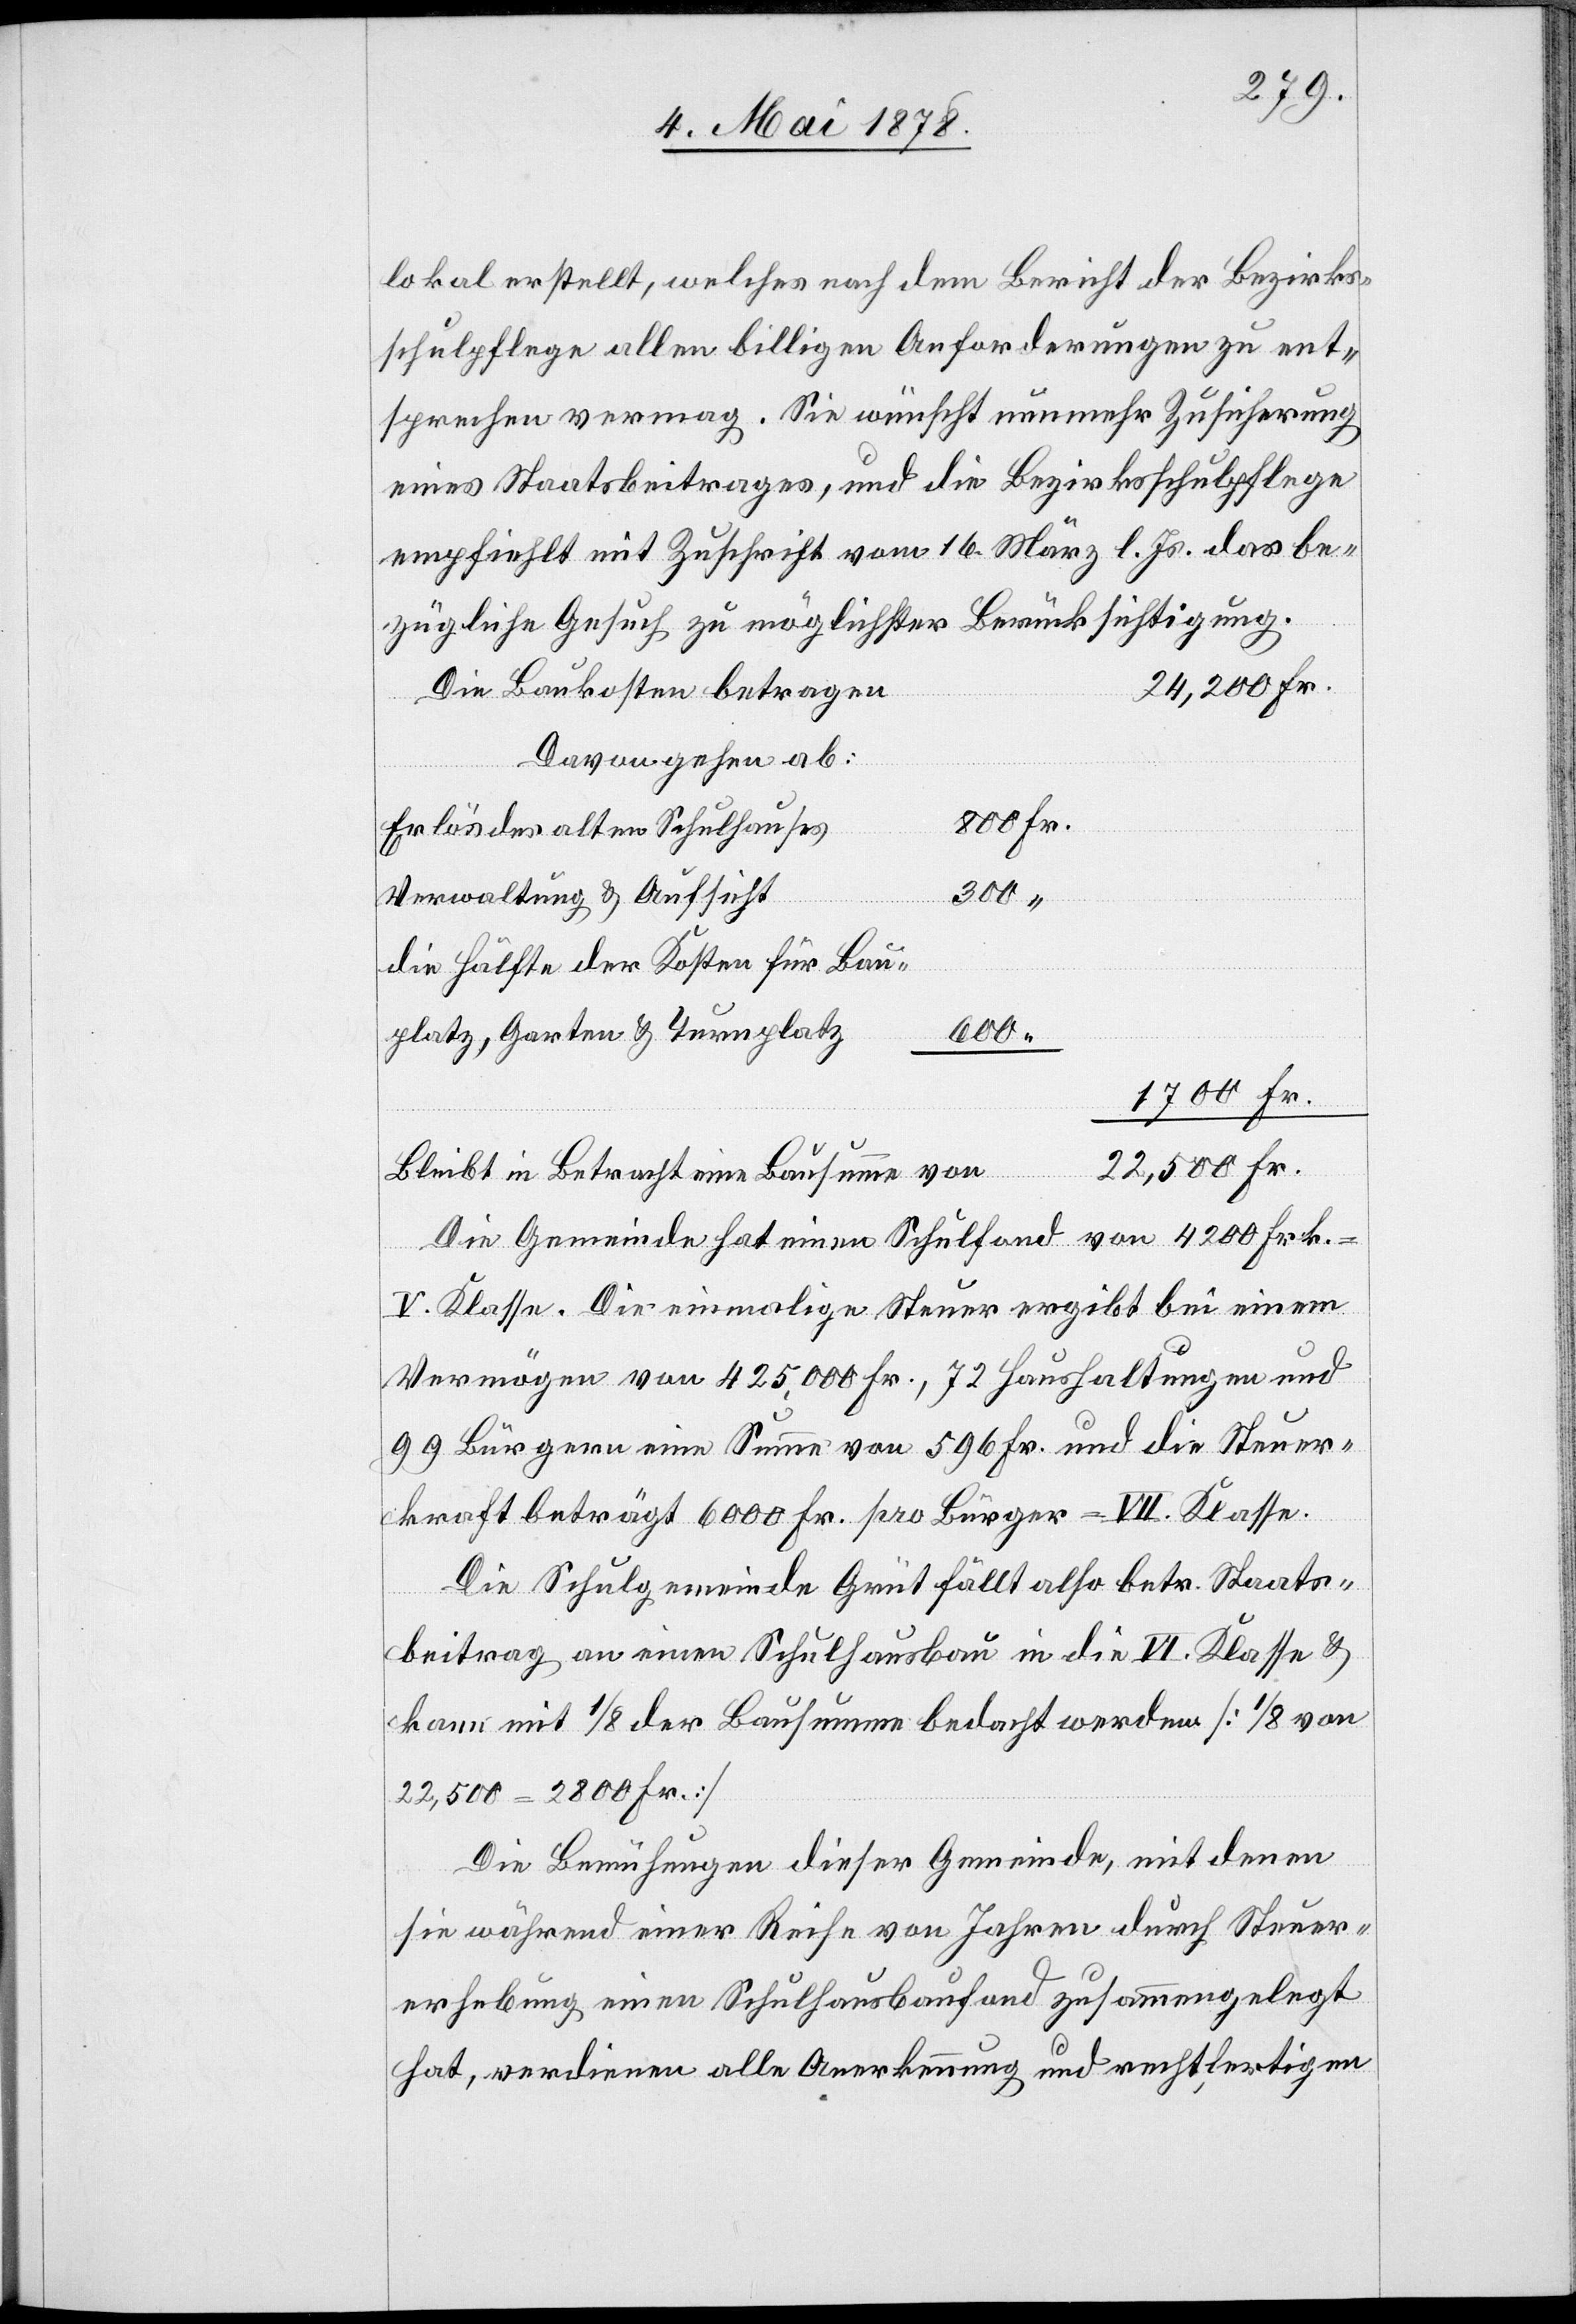
lokal erstellt, welches nach dem Bericht der Bezirks¬
schulpflege allen billigen Anforderungen zu ent¬
sprechen vermag. Sie wünscht nunmehr Zusicherung
eines Staatsbeitrages, und die Bezirksschulpflege
empfiehlt mit Zuschrift vom 16. März l. Js. das be¬
zügliche Gesuch zu möglichster Berücksichtigung.
24,200 Fr.
Die Baukosten betragen
Davon gehen ab:
Erlös des alten Schulhauses
Verwaltung & Aufsicht
die Hälfte der Kosten für Bau¬
600
platz, Garten & Turnplatz
1700 Fr.
22,500 Fr.
Bleibt in Betracht eine Bausumme von
Die Gemeinde hat einen Schulfond von 4200 Frk.
V. Klasse. Die einmalige Steuer ergibt bei einem
Vermögen von 425,000 Fr., 72 Haushaltungen und
99 Bürgern eine Summe von 596 Fr. und die Steuer¬
kraft beträgt 6000 Fr. pro Bürger = VII. Klasse.
Die Schulgemeinde Grüt fällt also betr. Staats¬
beitrag an einen Schulhausbau in die VI. Klasse &
kann mit 1/8 der Bausumme bedacht werden [1/8 von
22,500 = 2800 Fr.]
Die Bemühungen dieser Gemeinde, mit denen
sie während einer Reihe von Jahren durch Steuer¬
erhebung einen Schulhausbaufond zusammengelegt
hat, verdienen alle Anerkennung und rechtfertigen